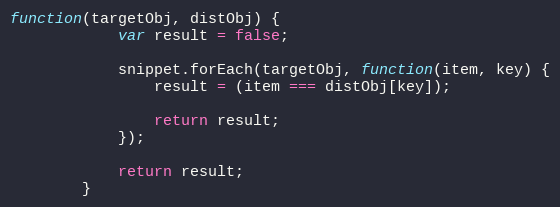
Language: JavaScript
function(targetObj, distObj) {
            var result = false;

            snippet.forEach(targetObj, function(item, key) {
                result = (item === distObj[key]);

                return result;
            });

            return result;
        }